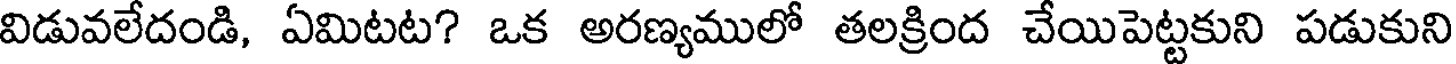
విడువలేదండి, ఏమిటట? ఒక అరణ్యములో తలక్రింద చేయిపెట్టకుని పడుకుని